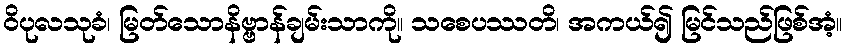
ဝိပုလသုခံ၊ မြတ်သောနိဗ္ဗာန်ချမ်းသာကို။ သစေပဿတိ၊ အကယ်၍ မြင်သည်ဖြစ်အံ့။